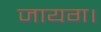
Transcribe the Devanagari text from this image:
जायग।